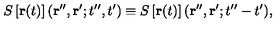
S \left[ { \bf r } ( t ) \right] ( { \bf r } ^ { \prime \prime } , { \bf r } ^ { \prime } ; t ^ { \prime \prime } , t ^ { \prime } ) \equiv S \left[ { \bf r } ( t ) \right] ( { \bf r } ^ { \prime \prime } , { \bf r } ^ { \prime } ; t ^ { \prime \prime } - t ^ { \prime } ) ,